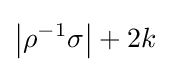
\left|\rho ^{-1}\sigma \right|+2k